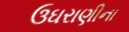
ઉઘરાણીના